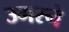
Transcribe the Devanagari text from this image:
उमरने